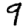
Digit: 9